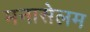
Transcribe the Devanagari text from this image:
मनासेलम